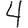
Digit: 4